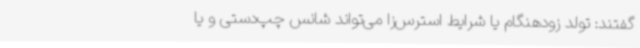
گفتند: تولد زودهنگام یا شرایط استرس‌زا می‌تواند شانس چپ‌دستی و یا